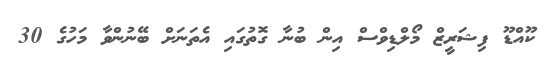
ކޫއްޑޫ ފިޝަރީޒް މޯލްޑިވްސް އިން ބުނާ ގޮތުގައި އެތަނަށް ބޭނުންވާ މަހުގެ 30